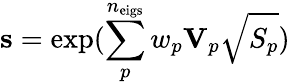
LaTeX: \mathbf{s}=\exp({\sum_{p}^{n_{\mathrm{eigs}}}w_{p}\mathbf{V}_{p}\sqrt{S_{p}}})